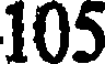
105